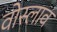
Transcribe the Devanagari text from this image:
वोस्लाव